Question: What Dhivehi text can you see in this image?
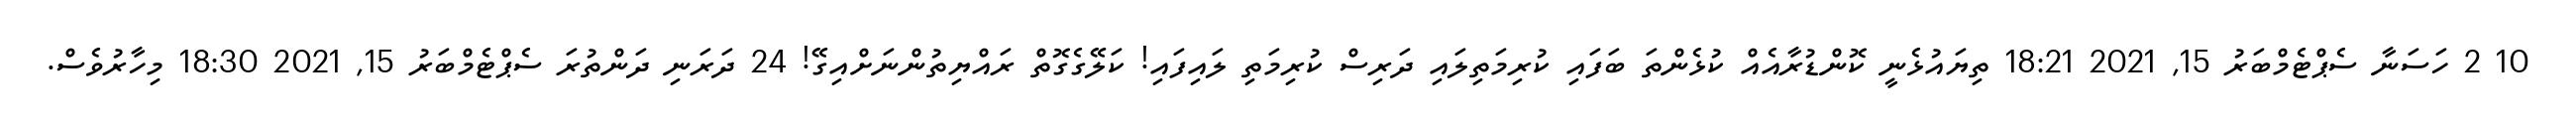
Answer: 10 2 ހަސަނާ ސެޕްޓެމްބަރު 15, 2021 18:21 ތިޔައުޅެނީ ކޮންޑުރާއެއް ކުޅެންތަ ބަފައި ކުރިމަތިލައި ދަރިސް ކުރިމަތި ލައިފައި! ކަލޭގެގޮތް ރައްޔިތުންނަށްއިގޭ! 24 ދަރަނި ދަންތުރަ ސެޕްޓެމްބަރު 15, 2021 18:30 މިހާރުވެސް.